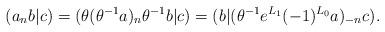
LaTeX: \begin{align*}(a_nb|c)=(\theta (\theta^{-1}a)_n\theta^{-1}b|c)=(b|(\theta^{-1}e^{L_1}(-1)^{L_0}a)_{-n}c).\end{align*}